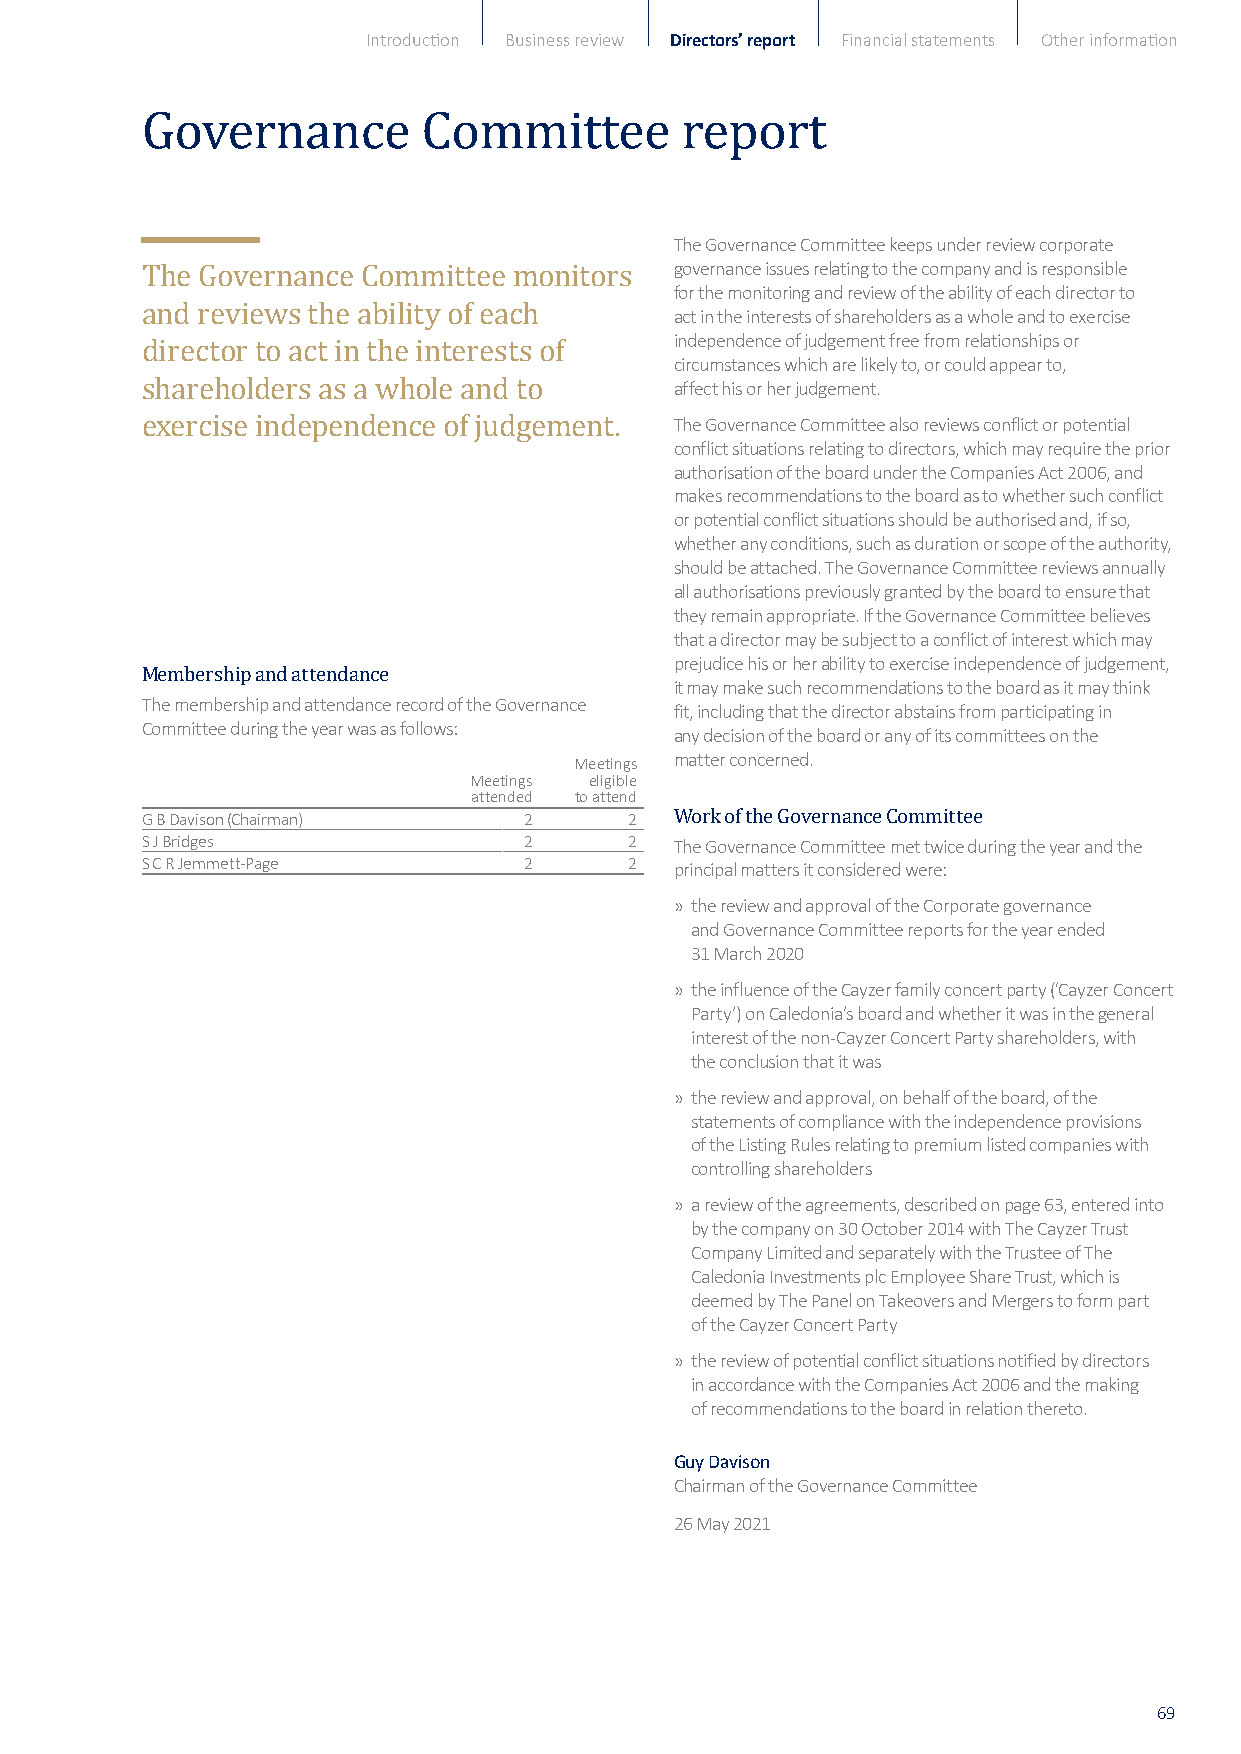
Introduction Business review Directors’ report Financial statements Other information
 Governance         Committee        report
 The Governance Committee keeps under review corporate
 governance issues relating to the company and is responsible
 for the monitoring and review of the ability of each director to
 act in the interests of shareholders as a whole and to exercise
 The Governance Committee monitors   independence of judgement free from relationships o r
 circumstances which are likely to, or could appear to,
 and reviews the ability of each
 affect his or her judgement.
 director to act in the interests of
 The Governance Committee also reviews conflict or potential
 shareholders as a whole and to      conflict situations relating to directors, which may require the prior
 authorisation of the board under the Companies Act 2006, and
 exercise independence of judgement. makes recommendations to the board as to whether such conflict
 or potential conflict situations should be authorised and, if so,
 whether any conditions, such as duration or scope of the authority,
 should be attached. The Governance Committee reviews annually
 all authorisations previously granted by the board to ensure that
 they remain appropriate. If the Governance Committee believes
 that a director may be subject to a conflict of interest whic hmay
 prejudice his or her ability to exercise independence of judgement ,
 it may make such recommendations to the board as it may think
 The membership and attendance record of the Governance
 fit, including that the director abstains from participating in
 Membership and attendance
 Committee during the year was as follows:
 any decision of the board or any of its committees on the
 Meetings matter concerned.
 Meetings eligible
 attended to attend
 G B Davison (Chairman)    2      2
 S J Bridges               2      2  The Governance Committee met twice during the year and the
 S C R Jemmett-Page        2      2  W prio nr ck ip ao lf m th ae tt eG ro s v ite cr on na sn idc ee r eC do wm em re:ittee
 » t he review and approval of the Corporate governance
 and Governance Committee reports for the year ended
 31 March 2020
 » the influence of the Cayzer family concert party (‘Cayzer Concer t
 Party’) on Caledonia’s board and whether it was in the general
 interest of the non-Cayzer Concert Party shareholders, with
 the conclusion that it was
 » t he review and approval, on behalf of the board, of the
 statements of compliance with the independence provisions
 of the Listing Rules relating to premium listed companies with
 controlling shareholders
 » a review of the agreements, described on page 63, entered into
 by the company on 30 October 2014 with The Cayzer Trust
 Company Limited and separately with the Trustee of The
 Caledonia Investments plc Employee Share Trust, which is
 deemed by The Panel on Takeovers and Mergers to form part
 of the Cayzer Concert Party
 » t he review of potential conflict situations notified by directors
 in accordance with the Companies Act 2006 and the making
 of recommendations to the board in relation thereto.
 Guy Davison
 Chairman of the Governance Committee
 26 May 2021
 69